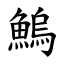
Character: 鰞